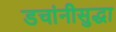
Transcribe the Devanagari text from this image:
डचांनीसुद्धा